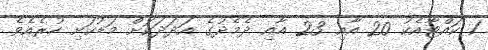
1 ކައްޓާއެކު 20 އާއި 23 އާއި ދެމެދުގެ އަދަދަކަށް މަޑުކަށި ހުރެއެވެ.